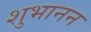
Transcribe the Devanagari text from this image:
शुभानन